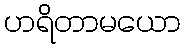
ဟရိတာမယော